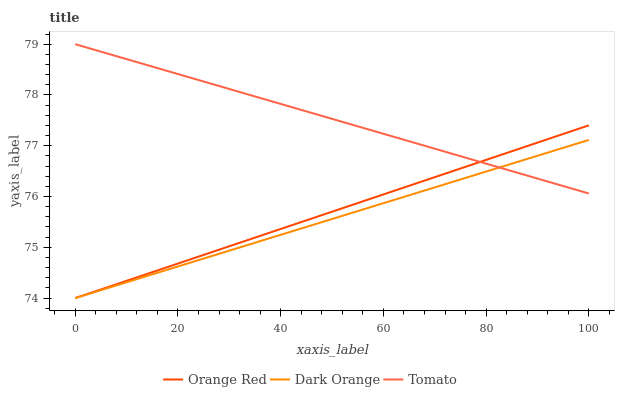
| xaxis_label | Orange Red | Dark Orange | Tomato |
 | --- | --- | --- | --- |
 | 0 | 74 | 74 | 79 |
 | 20 | 74.7 | 74.6 | 78.4 |
 | 40 | 75.4 | 75.2 | 77.8 |
 | 60 | 76 | 75.9 | 77.2 |
 | 80 | 76.7 | 76.5 | 76.6 |
 | 100 | 77.4 | 77.1 | 76.1 |